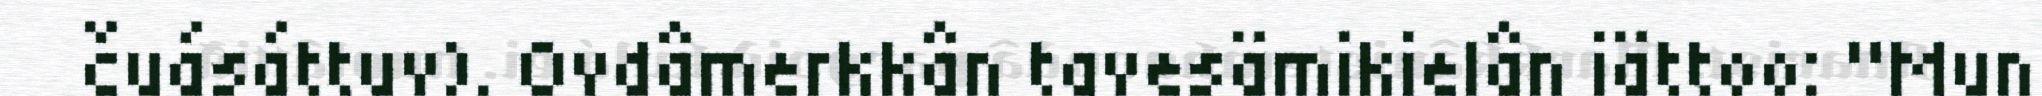
čuásáttuv). Ovdâmerkkân tavesämikielân iättoo: "Mun